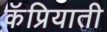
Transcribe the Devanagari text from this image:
कॅप्रियाती